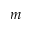
m